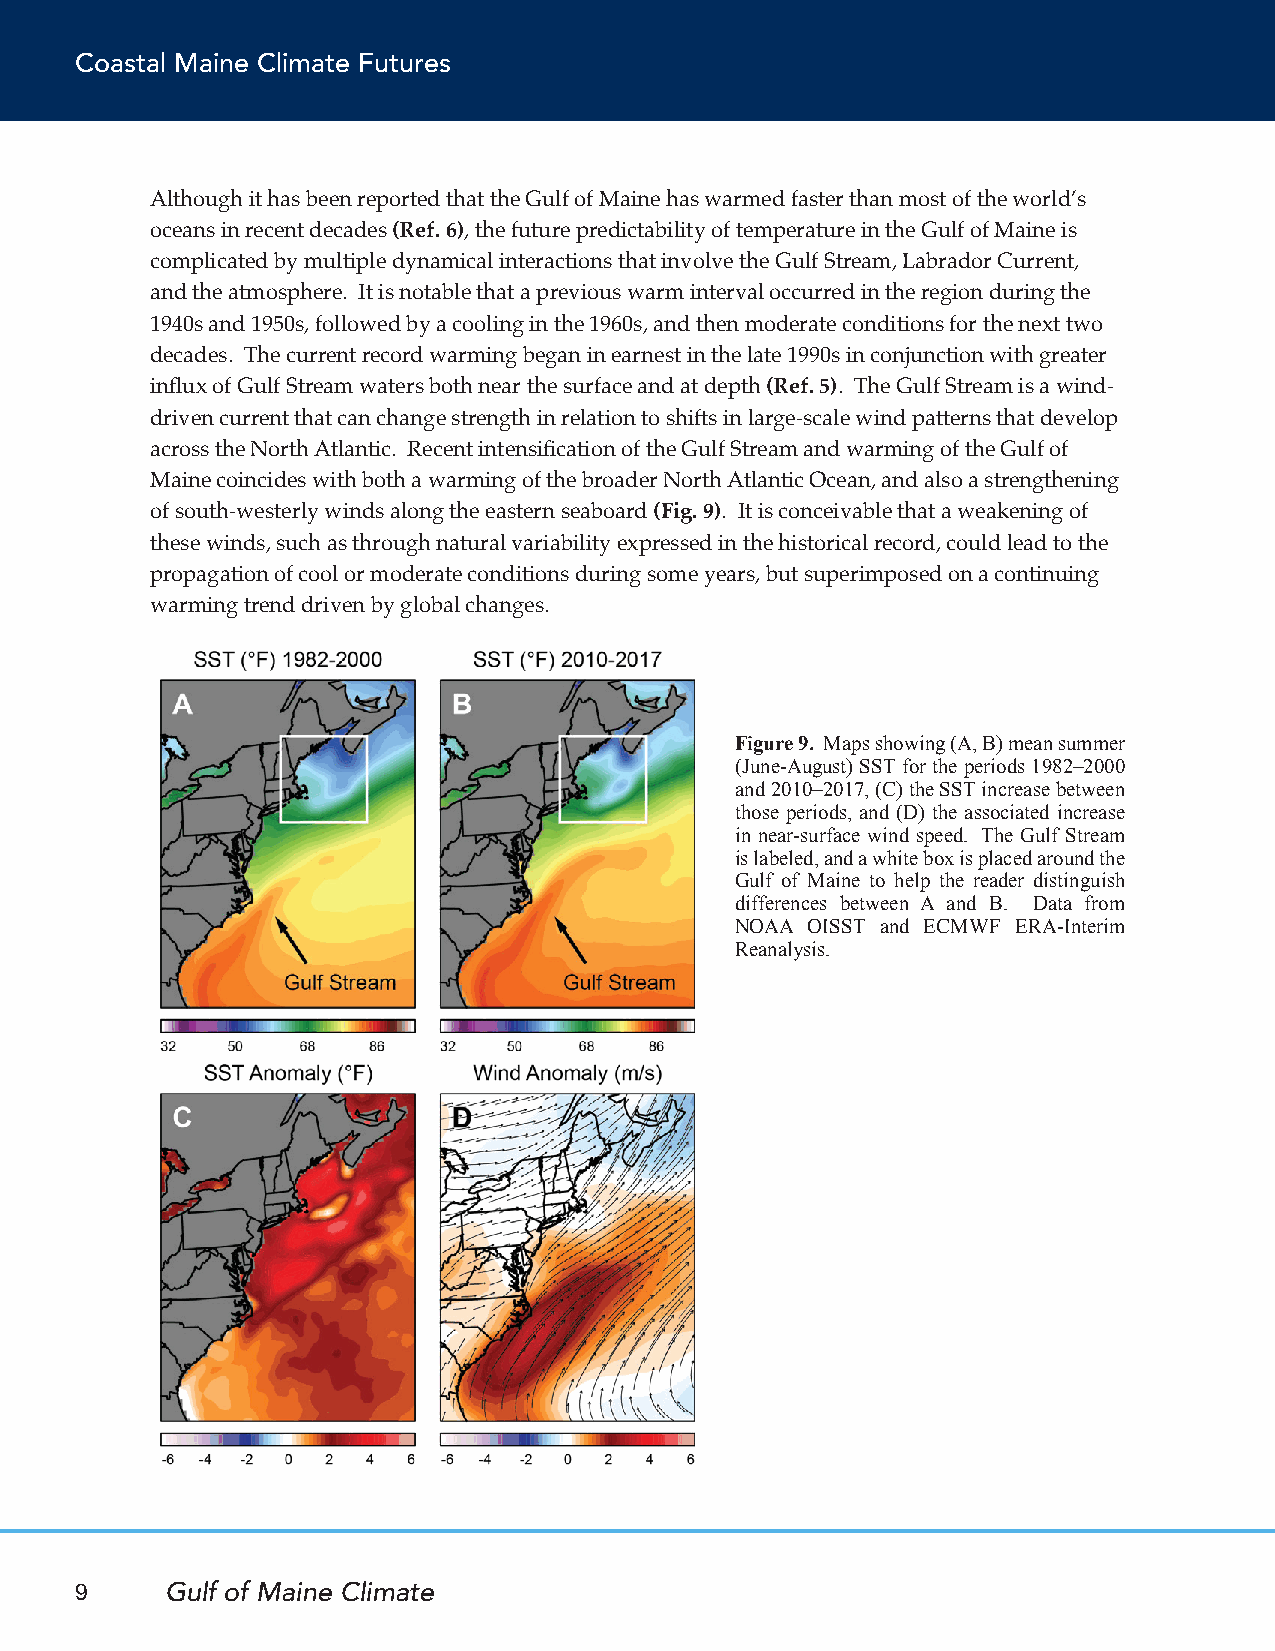
Coastal Maine Climate Futures
 Although it has been reported that the Gulf of Maine has warmed faster than most of the world’s
 oceans in recent decades (Ref. 6), the future predictability of temperature in the Gulf of Maine is
 complicated by multiple dynamical interactions that involve the Gulf Stream, Labrador Current,
 and the atmosphere. It is notable that a previous warm interval occurred in the region during the
 1940s and 1950s, followed by a cooling in the 1960s, and then moderate conditions for the next two
 decades. The current record warming began in earnest in the late 1990s in conjunction with greater
 influx of Gulf Stream waters both near the surface and at depth (Ref. 5). The Gulf Stream is a wind-
 driven current that can change strength in relation to shifts in large-scale wind patterns that develop
 across the North Atlantic. Recent intensification of the Gulf Stream and warming of the Gulf of
 Maine coincides with both a warming of the broader North Atlantic Ocean, and also a strengthening
 of south-westerly winds along the eastern seaboard (Fig. 9). It is conceivable that a weakening of
 these winds, such as through natural variability expressed in the historical record, could lead to the
 propagation of cool or moderate conditions during some years, but superimposed on a continuing
 warming trend driven by global changes.
 Figure 9. Maps showing (A, B) mean summer
 (June-August) SST for the periods 1982–2000
 and 2010–2017, (C) the SST increase between
 those periods, and (D) the associated increase
 in near-surface wind speed. The Gulf Stream
 is labeled, and a white box is placed around the
 Gulf of Maine to help the reader distinguish
 differences between A and B. Data from
 NOAA OISST and ECMWF ERA-Interim
 Reanalysis.
 9     Gulf of Maine Climate